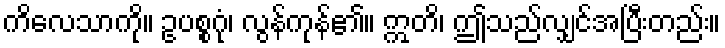
ကိလေသာကို။ ဥပစ္စဂုံ၊ လွန်ကုန်၏။ ဣတိ၊ ဤသည်လျှင်အပြီးတည်း။